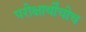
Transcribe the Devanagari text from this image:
परीक्षार्थींचीच